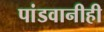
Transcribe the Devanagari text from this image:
पांडवानीही